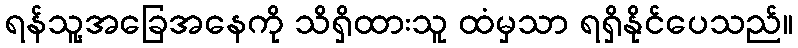
ရန်သူ့အခြေအနေကို သိရှိထားသူ ထံမှသာ ရရှိနိုင်ပေသည်။